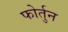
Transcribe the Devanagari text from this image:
फोर्तुन